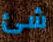
شئ